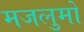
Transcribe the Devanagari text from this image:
मजलुमों